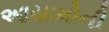
આયામોની